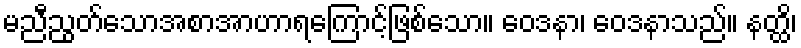
မညီညွတ်သောအစာအာဟာရကြောင့်ဖြစ်သော။ ဝေဒနာ၊ ဝေဒနာသည်။ နတ္ထိ၊